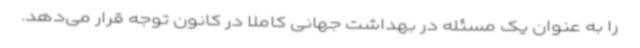
را به عنوان یک مسئله در بهداشت جهانی کاملا در کانون توجه قرار می‌دهد.